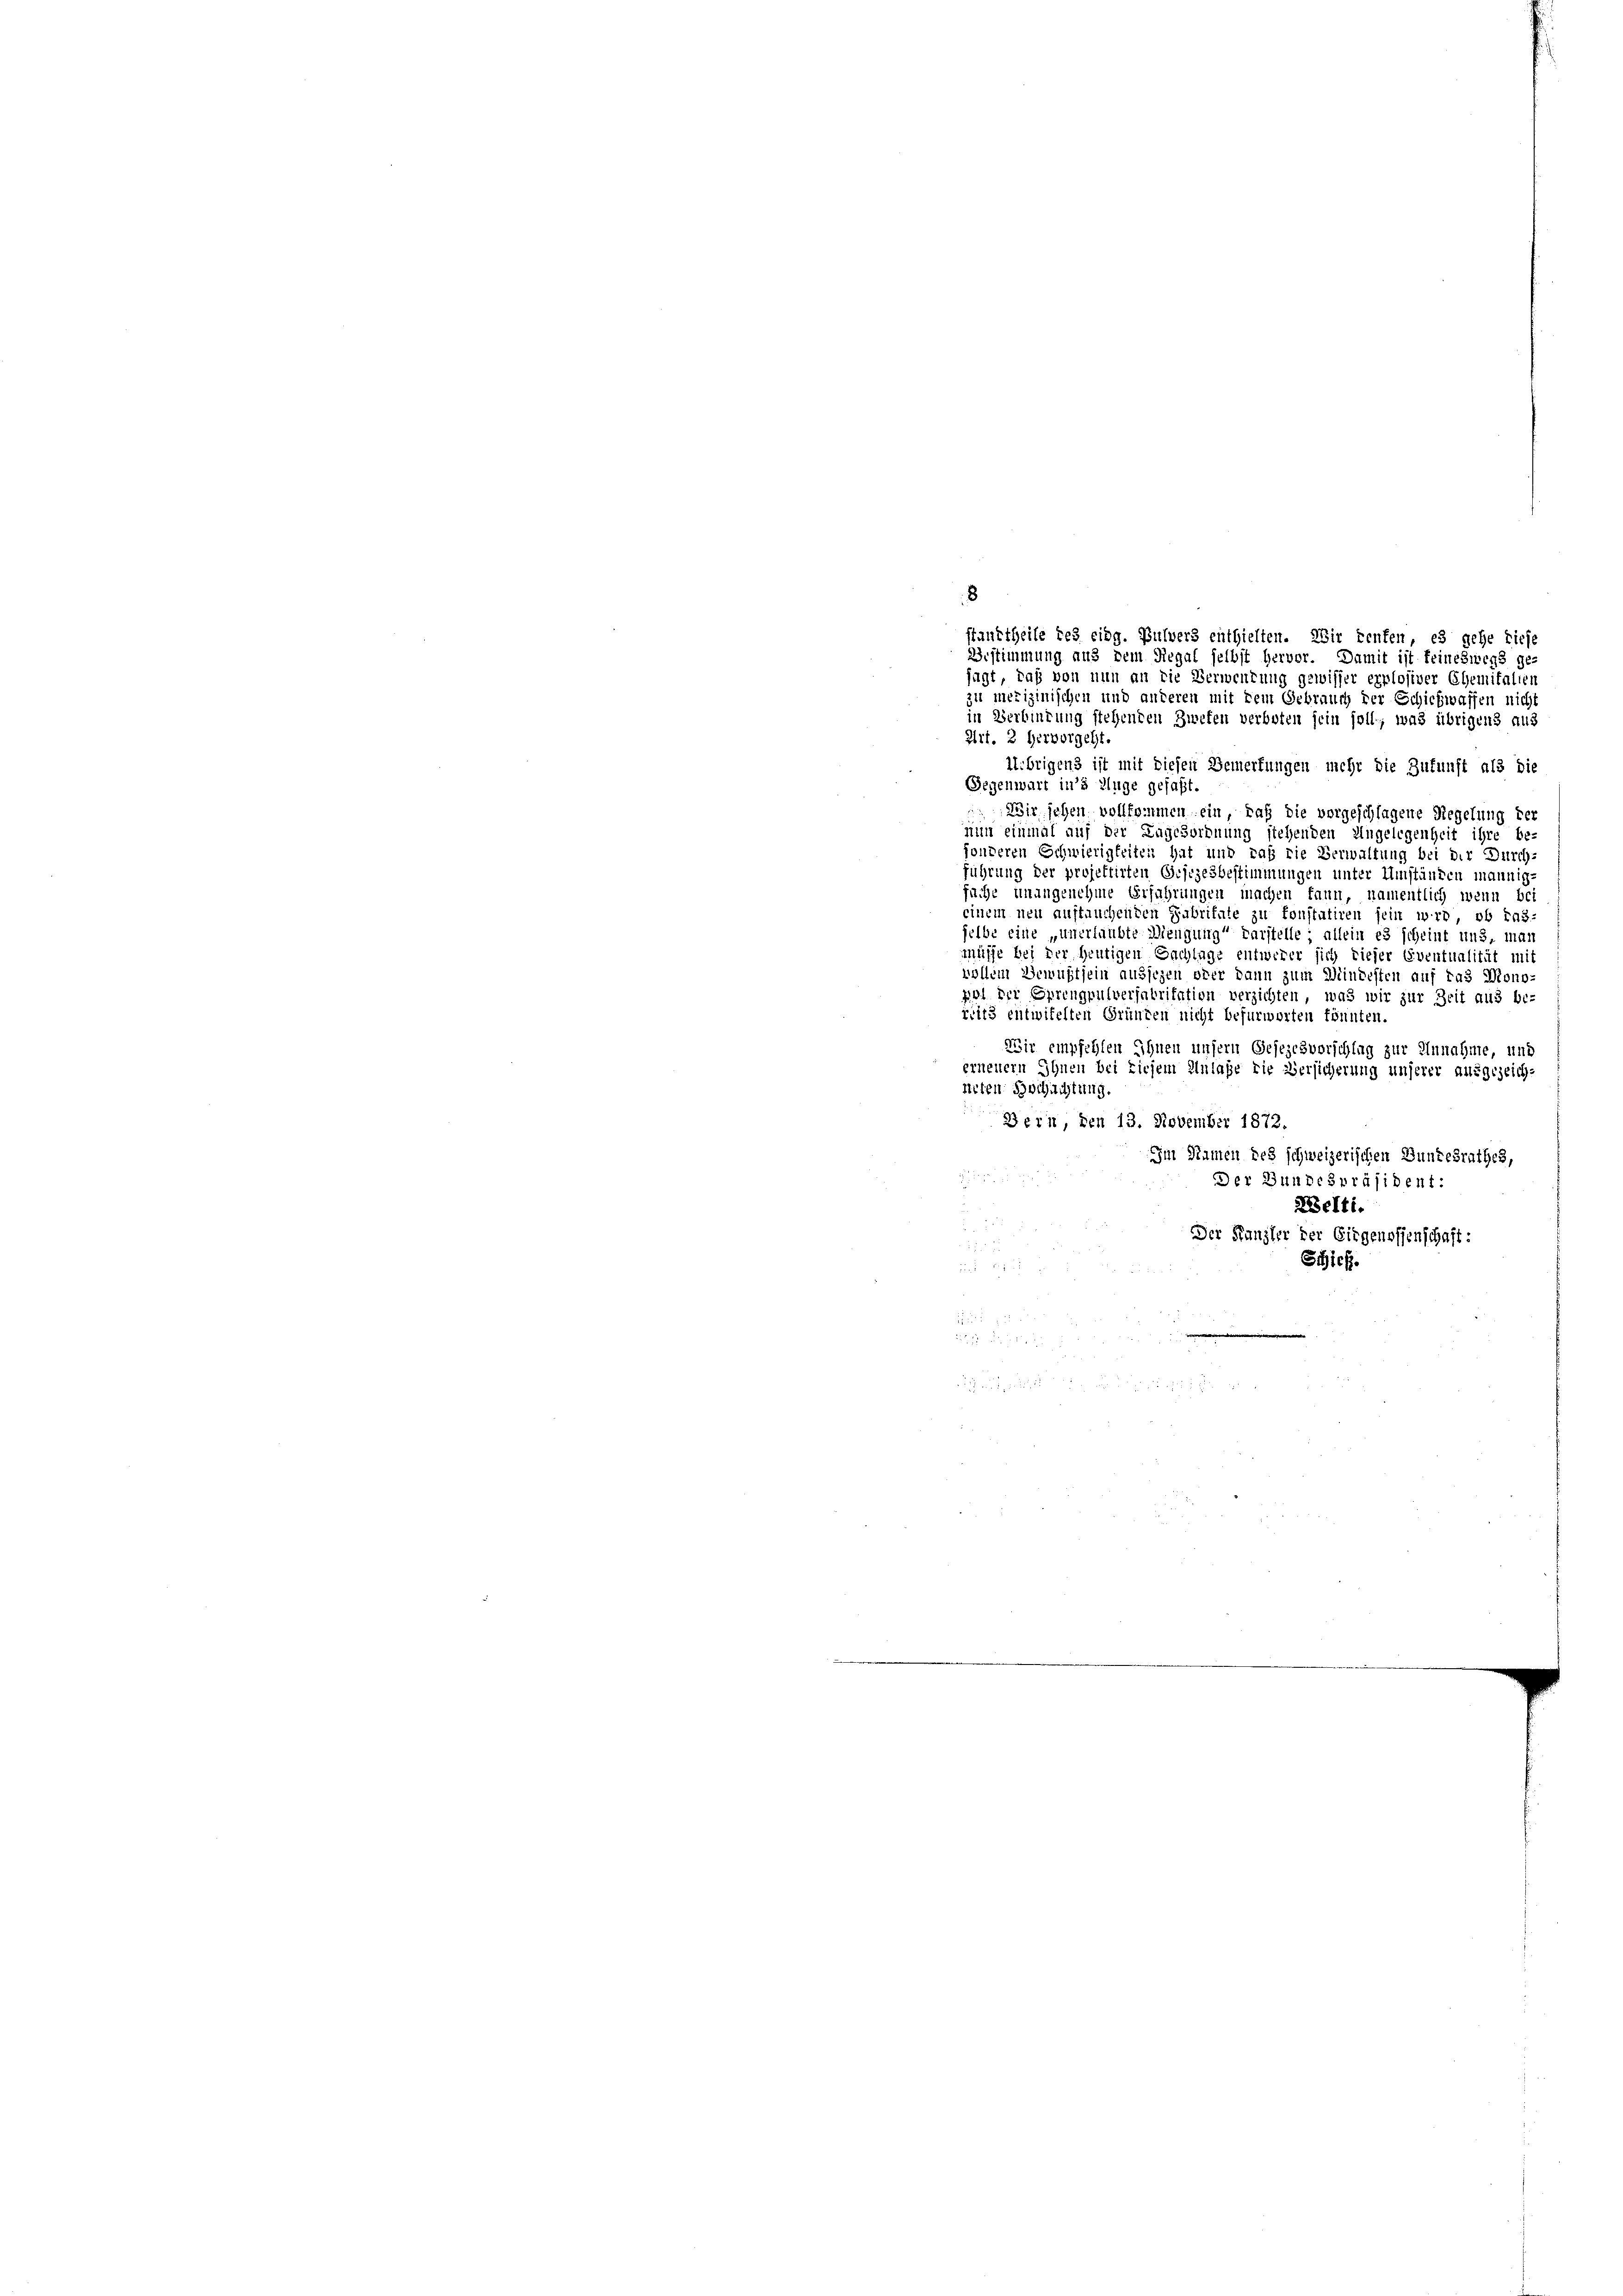
sagt, daß von nun an die Verwendung gewisser explosiver Ehemitalien
zu mexiginischen und anderen mit dem Gebrauch der Schickwassen nicht
in Verbindung stehenden Zwefen verboten sein soll, was übrigens aus
Art. 2 hervorgeht
Uebrigens ist mit Diesen Bemerkungen mehr die Zukunft als die
Gegenwart in’s Auge gefaßt.
Wir sehen vollkommen ein, daß die vorgeschlagene Regelung der
nun einmal auf der Zugesordnung stehenden Ungelegenheit ihre be-
jonderen Schwierigkeiten hat und daß die Verwaltung bei der Durch-
führung der projektirten Gesezesbestimmungen unter Umständen mannig-
fuche unangenehme Erfahrungen machen kann, namentlich wenn bei
einem neu auftauchenden Fabritate zu konstatiren fein wir ob ins-
selbe eine „unerlaubte Mengung“ darstelle; allein es scheint uns, mai
müsse bei der heutigen Sachlage entwerer sich dieser Eventualität mit
vollem Bewußtsein aussegen oder dann zum Mindesten auf das Mono
pot der Sprengpulverfabritation verzichten, was wir zur Zeit aus be-
reits entwifelten Gründen nicht befürworten könnten
Wir empfehlen Ihnen unsern Gesezesvorschlag zur Annahme, und
erneuern Ihnen bei Liefem Anlaße die Versicherung unserer ausgezeich-
irten Schichtung
Bein, den 13. November 1872.
Im Namen des schweizerischen Bundesrathes,

Der Bundespräsident:
ZBelti.
Der Kanzler der Eidgenossenschaft:
i
Schick.
uf 12 x
8 x
.

8

staurtheile des eidg. Pulvers enthielten. Wir teufen, es gehe diese
Vestimmung aus dem Regal selbst hervor. Damit ist feineswegs ge-